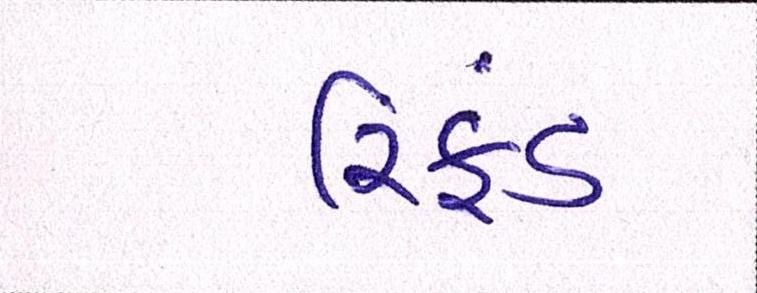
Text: રિફડં